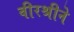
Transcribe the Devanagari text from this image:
वीरश्रीने